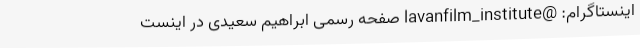
اینستاگرام: @lavanfilm_institute صفحه رسمی ابراهیم سعیدی در اینست